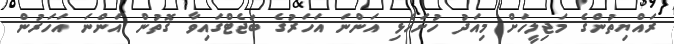
ރައްޔިތުންގެ މަޖިލީހަށް މިއަދު ހުށަހެޅި އަންނަ އަހަރުގެ ބަޖެޓްގައިވާ ގޮތުން އަންނަ އަހަރުން